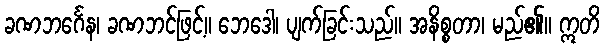
ခဏဘင်္ဂေန၊ ခဏဘင်ဖြင့်။ ဘေဒေါ၊ ပျက်ခြင်းသည်။ အနိစ္စတာ၊ မည်၏။ ဣတိ